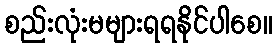
စည်းလုံးမများရရနိုင်ပါစေ။